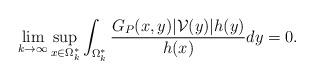
LaTeX: \begin{align*}\lim_{k\to\infty}\sup_{x\in \Omega_k^*}\int_{\Omega_k^*}\frac{G_P(x,y)|\mathcal{V}(y)|h(y)}{h(x)}dy=0.\end{align*}